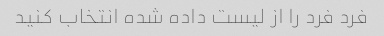
فرد فرد را از لیست داده شده انتخاب کنید